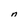
Character: n